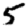
Digit: 5